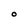
Character: O